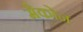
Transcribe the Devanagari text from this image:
मैकोन